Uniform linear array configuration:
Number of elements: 48
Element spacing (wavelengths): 0.25
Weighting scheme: exponential
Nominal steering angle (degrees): -15
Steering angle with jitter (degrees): -14.873
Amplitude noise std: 0.05
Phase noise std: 0.05

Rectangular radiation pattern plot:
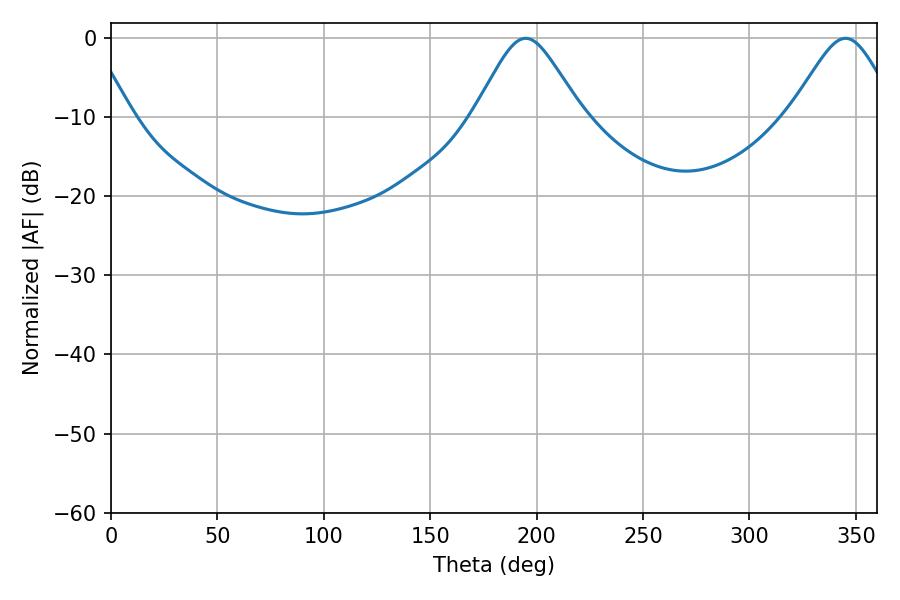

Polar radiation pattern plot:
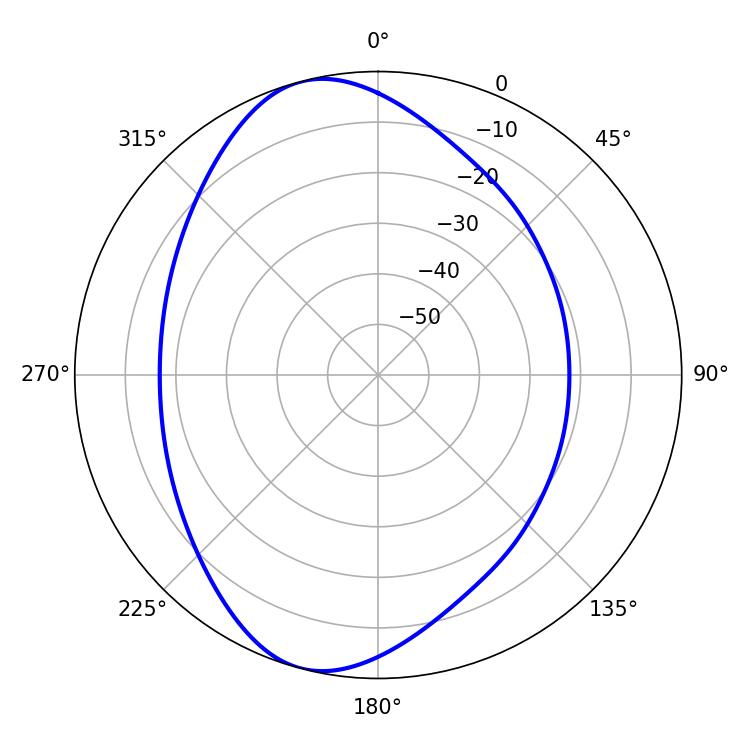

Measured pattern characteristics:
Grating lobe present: FALSE
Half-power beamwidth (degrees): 24.48
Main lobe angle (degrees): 194.94